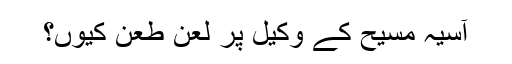
آسیہ مسیح کے وکیل پر لعن طعن کیوں؟